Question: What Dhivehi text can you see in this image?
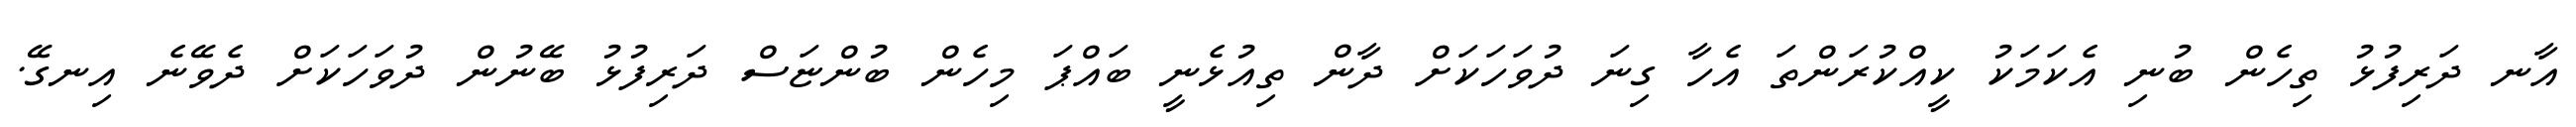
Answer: އާނ ދަރިފުޅު ތިހެން ބުނި އެކަމަކު ކީއްކުރަންތަ އެހާ ގިނަ ދުވަހަކަށް ދާން ތިއުޅެނީ ބައްޕަ މިހެން ބުންޏަސް ދަރިފުޅު ބޭނުން ދުވަހަކަށް ދެވޭނެ އިނގޭ.